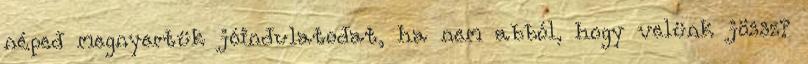
néped megnyertük jóindulatodat, ha nem abból, hogy velünk jössz?